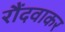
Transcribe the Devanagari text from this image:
रौंदवाकर